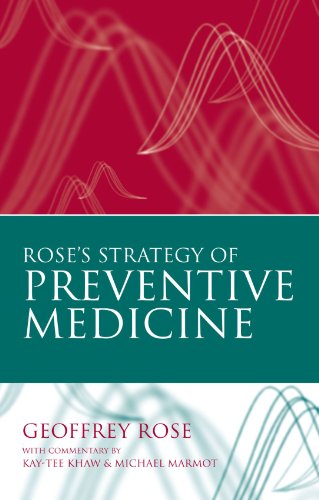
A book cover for Rose's Strategy of Preventive Medicine; Geoffrey Rose; Medical Books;